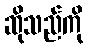
ဆိုသည်ကို